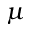
\mu